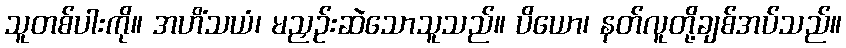
သူတစ်ပါးကို။ အဟိံသယံ၊ မညှဉ်းဆဲသောသူသည်။ ပိယော၊ နတ်လူတို့ချစ်အပ်သည်။